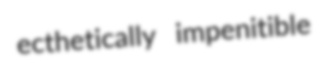
ecthetically impenitible